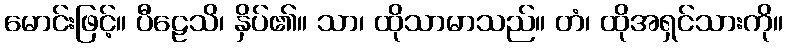
မောင်းဖြင့်။ ပီဠေသိ၊ နှိပ်၏။ သာ၊ ထိုသာမာသည်။ တံ၊ ထိုအရှင်သားကို။